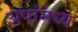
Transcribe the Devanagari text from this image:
अपांमध्य